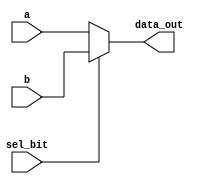
`timescale 1ns / 1ps
//////////////////////////////////////////////////////////////////////////////////
// Company: 
// Engineer: 
// 
// Design Name: 
// Module Name: Mux_2x1
// Project Name: 
// Target Devices: 
// Tool Versions: 
// Description: 
// 
// Dependencies: 
// 
// Revision:
// Revision 0.01 - File Created
// Additional Comments:
// 
//////////////////////////////////////////////////////////////////////////////////


module Mux_2x1(
	input [63:0] a,
	input [63:0] b,
	input  sel_bit,
	output reg [63:0] data_out
);

//assign data_out = sel_bit? b:a ;

always @ (a, b, sel_bit)
begin
	if (!sel_bit)
		data_out = a;
	else
		data_out = b;
end

endmodule